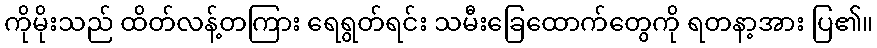
ကိုမိုးသည် ထိတ်လန့်တကြား ရေရွတ်ရင်း သမီးခြေထောက်တွေကို ရတနာ့အား ပြ၏။